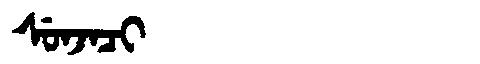
Manchu: ᠰᡠᠨᠵᠠᠴᡳ
Romanization: SUNJACI